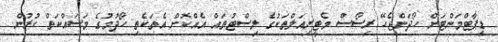
ޑިޕާޓްމަންޓަށް ހޯދަންޖެހޭ ރިސޯސް މެޓީރިއަލްތަކުގެ ލިސްޓުތައް އެއްކޮށް އެތަކެތި ހޯދުމުގެ މަސައްކަތް ކުރުން.